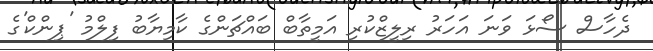
ދެހާސް ސޯޅަ ވަނަ އަހަރު ރިލީޒްކުރި އަމީތާބް ބައްޗަންގެ ކާމިޔާބު ފިލްމު 'ޕިންކް'ގެ